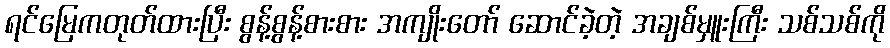
ရင်မြေကတုတ်ထားပြီး စွန့်စွန့်စားစား အကျိုးတော် ဆောင်ခဲ့တဲ့ အချစ်မှူးကြီး သစ်သစ်ကို